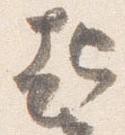
起